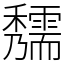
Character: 𥤃